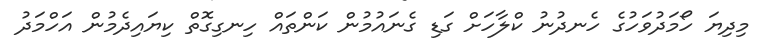
މިދިޔަ ހޯމަދުވަހުގެ ހެނދުނު ކްލާހަށް ގަޑި ގެނައުމުން ކަންތައް ހިނގިގޮތް ކިޔައިދެމުން އަހްމަދު